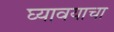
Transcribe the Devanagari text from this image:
घ्‍यावयाचा